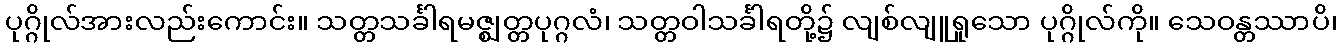
ပုဂ္ဂိုလ်အားလည်းကောင်း။ သတ္တသင်္ခါရမဇ္ဈတ္တပုဂ္ဂလံ၊ သတ္တဝါသင်္ခါရတို့၌ လျစ်လျူရှုသော ပုဂ္ဂိုလ်ကို။ သေဝန္တဿာပိ၊